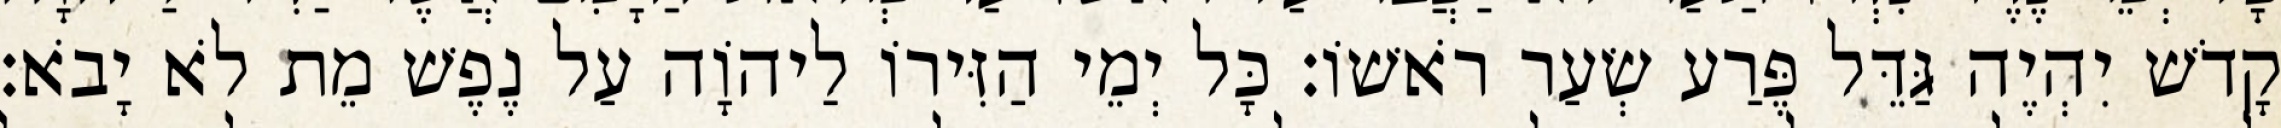
קָדֹשׁ יִהְיֶה גַּדֵּל פֶּרַע שְׂעַר רֹאשׁוֹ׃ כָּל יְמֵי הַזִּירוֹ לַיהוָֹה עַל נֶפֶשׁ מֵת לֹא יָבֹא׃